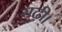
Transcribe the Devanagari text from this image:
गुढ़ी।